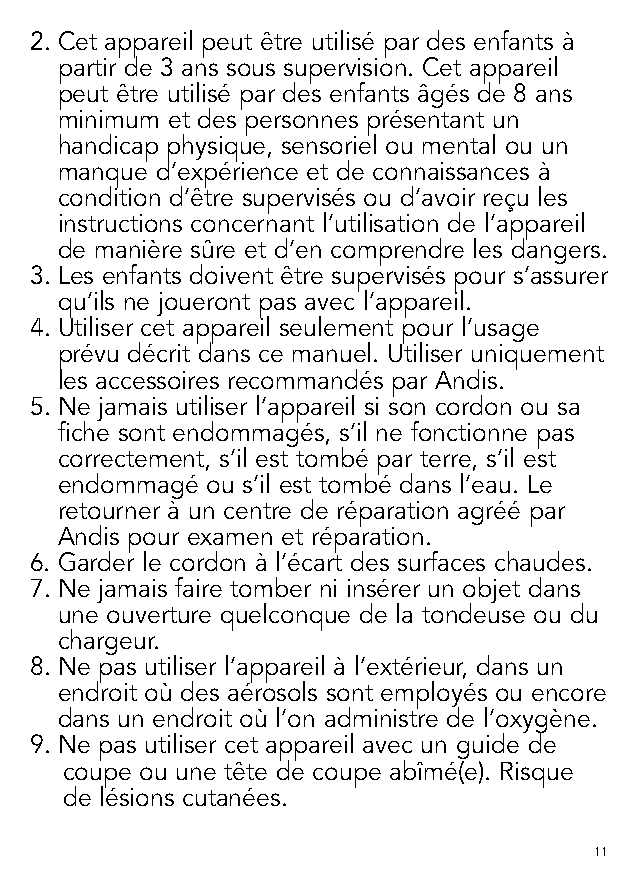
2. Cet appareil peut être utilisé par des enfants à
 partir de 3 ans sous supervision. Cet appareil
 peut être utilisé par des enfants âgés de 8 ans
 minimum et des personnes présentant un
 handicap physique, sensoriel ou mental ou un
 manque d’expérience et de connaissances à
 condition d’être supervisés ou d’avoir reçu les
 instructions concernant l’utilisation de l’appareil
 de manière sûre et d’en comprendre les dangers.
 3. Les enfants doivent être supervisés pour s’assurer
 qu’ils ne joueront pas avec l’appareil.
 4. Utiliser cet appareil seulement pour l’usage
 prévu décrit dans ce manuel. Utiliser uniquement
 les accessoires recommandés par Andis.
 5. Ne jamais utiliser l’appareil si son cordon ou sa
 fiche sont endommagés, s’il ne fonctionne pas
 correctement, s’il est tombé par terre, s’il est
 endommagé ou s’il est tombé dans l’eau. Le
 retourner à un centre de réparation agréé par
 Andis pour examen et réparation.
 6. Garder le cordon à l’écart des surfaces chaudes.
 7. Ne jamais faire tomber ni insérer un objet dans
 une ouverture quelconque de la tondeuse ou du
 chargeur.
 8. Ne pas utiliser l’appareil à l’extérieur, dans un
 endroit où des aérosols sont employés ou encore
 dans un endroit où l’on administre de l’oxygène.
 9. Ne pas utiliser cet appareil avec un guide de
 coupe ou une tête de coupe abîmé(e). Risque
 de lésions cutanées.
 11